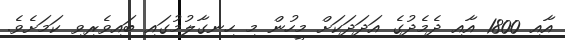
އާއި 1800 އާއި ދެމެދުގެ އަދަދަކަށް މީހުން މި ހިނގާލުމުގައި ބައިވެރިވި ކަމަށެވެ.